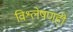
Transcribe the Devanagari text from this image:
विश्लेषणही